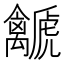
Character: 𧈛